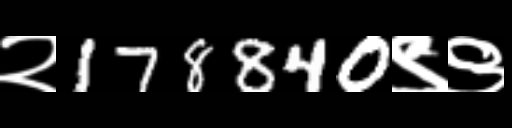
Text: २178840९९